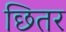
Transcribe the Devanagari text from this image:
छितर